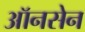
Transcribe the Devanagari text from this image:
ऑनसेन